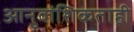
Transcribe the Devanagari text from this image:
आनुवांशिकताही